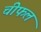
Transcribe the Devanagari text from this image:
चीफल